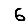
Digit: 6